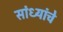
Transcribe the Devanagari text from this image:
सांध्यांचे